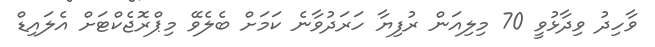
ވާހިދު ވިދާޅުވީ 70 މިލިއަން ރުފިޔާ ހަރަދުވާނެ ކަމަށް ބެލެވޭ މިޕްރޮޖެކްޓަށް އެލައިޑް